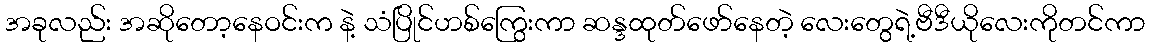
အခုလည်း အဆိုတော့နေဝင်းက နဲ့ သံပြိုင်ဟစ်ကြွေးကာ ဆန္ဒထုတ်ဖော်နေတဲ့ လေးတွေရဲ့ဗီဒီယိုလေးကိုတင်ကာ